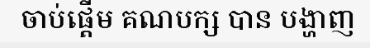
ចាប់ផ្តើម គណបក្ស បាន បង្ហាញ